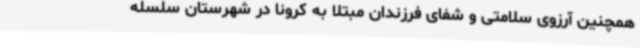
همچنین آرزوی سلامتی و شفای فرزندان مبتلا به کرونا در شهرستان سلسله